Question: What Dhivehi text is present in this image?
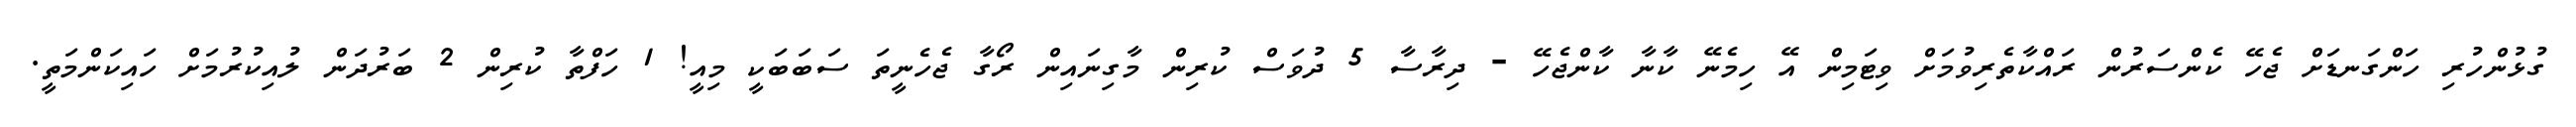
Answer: ގުޅުންހުރި ހަންގަނޑަށް ޖެހޭ ކެންސަރުން ރައްކާތެރިވުމަށް ވިޓަމިން އޭ ހިމެނޭ ކާނާ ކާންޖެހޭ - ދިރާސާ 5 ދުވަސް ކުރިން މާގިނައިން ރޯގާ ޖެހެނީތަ ސަބަބަކީ މިއީ! 1 ހަފްތާ ކުރިން 2 ބަރުދަން ލުއިކުރުމަށް ހައިކަންމަތީ.